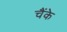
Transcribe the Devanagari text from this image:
चैंके